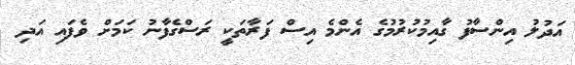
އަދުލު އިންސާފު ގާއިމުކުރުމުގެ އެންމެ އިސް ފަރާތަކީ ރަސްގެފާނު ކަމަށް ވެފައި އަދި